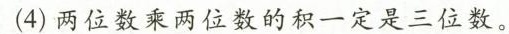
(4)两位数乘两位数的积一定是三位数。